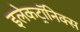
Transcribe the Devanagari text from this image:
इलेकट्रॉनिक्स